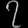
Digit: ၇